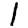
Digit: 1